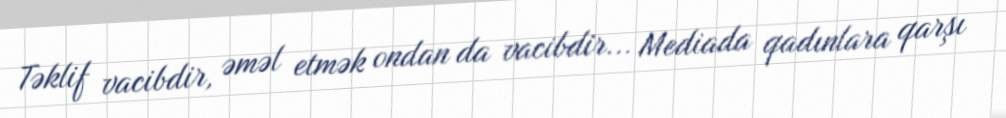
Təklif vacibdir, əməl etmək ondan da vacibdir... Mediada qadınlara qarşı